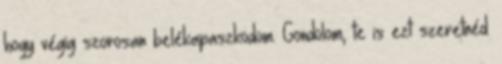
hogy végig szorosan belékapaszkodom. Gondolom, te is ezt szeretnéd.